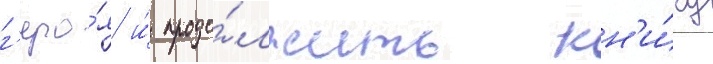
г'еро́я и́ продо́лжить кн'и́гу